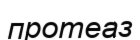
протеаз